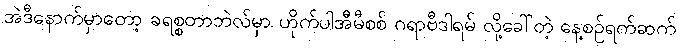
အဲဒီနောက်မှာတော့ ခရစ္စတာဘဲလ်မှာ ဟိုက်ပါအီမီစစ် ဂရာဗီဒါရမ် လို့ခေါ်တဲ့ နေ့စဉ်ရက်ဆက်